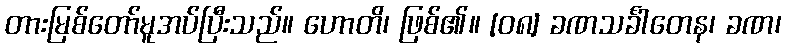
တားမြစ်တော်မူအပ်ပြီးသည်။ ဟောတိ၊ ဖြစ်၏။ [၀၈] ခဏသင်္ခါတေန၊ ခဏ၊